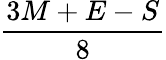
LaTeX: \frac{3M+E-S}{8}